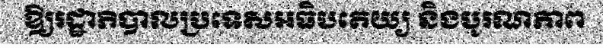
ឱ្យរដ្ឋាភិបាលប្រទេសអធិបតេយ្យ និងបូរណភាព